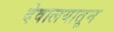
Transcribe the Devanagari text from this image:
देवालयातून